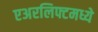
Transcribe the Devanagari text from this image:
एअरलिफ्टमध्ये